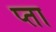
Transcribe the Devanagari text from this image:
प्ता